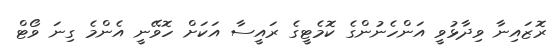
ރޮޒައިނާ ވިދާޅުވީ އަންހެނުންގެ ކޮމެޓީގެ ރައީސާ އަކަށް ހޮވޭނީ އެންމެ ގިނަ ވޯޓް